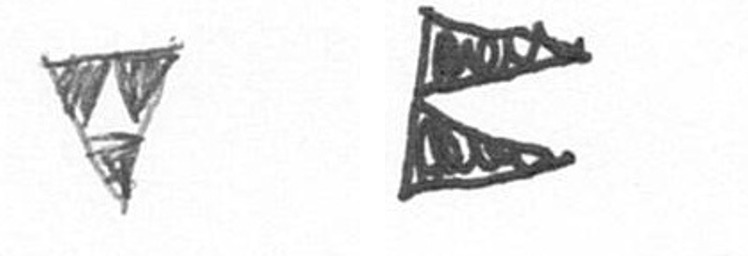
S P